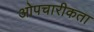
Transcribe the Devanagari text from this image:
ओपचारीकता